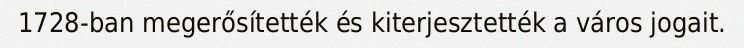
1728-ban megerősítették és kiterjesztették a város jogait.